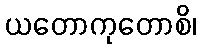
ယတောကုတောစိ၊